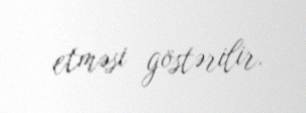
etməsi göstərilir.